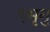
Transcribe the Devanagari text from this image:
९भृगु